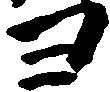
ヨ